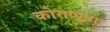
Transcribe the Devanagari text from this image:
कोराप्पुष़ा